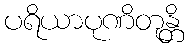
ပရိယာပုဏိတုန္တိ